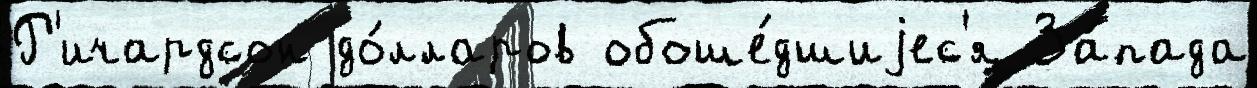
Р'ичардсон до́лларов обоше́дшиjес'я За́пада